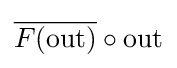
{\overline {F(\mathrm {out} )}}\circ \mathrm {out}